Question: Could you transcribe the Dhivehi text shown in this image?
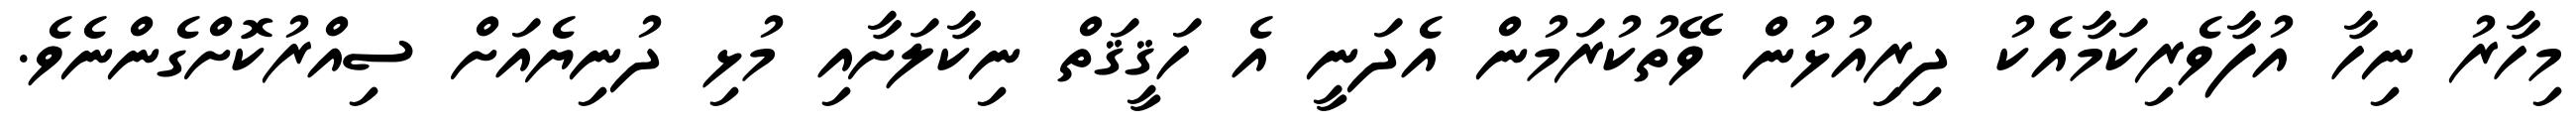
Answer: މިހާރު ނިހާ އުފާވެރިކަމާއެކު ދިރިއުޅުން ވޭތުކުރަމުން އެދަނީ އެ ހަޤީޤަތް ނިކާލަށާއި މުޅި ދުނިޔެއަށް ސިއްރުކޮށްގެންނެވެ.